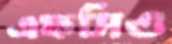
এফসিও